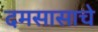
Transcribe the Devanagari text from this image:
दमसासाचे